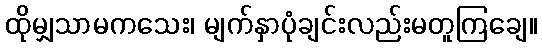
ထိုမျှသာမကသေး၊ မျက်နှာပုံချင်းလည်းမတူကြချေ။